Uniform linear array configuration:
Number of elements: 12
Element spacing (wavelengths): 0.75
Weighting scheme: hann
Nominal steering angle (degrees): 45
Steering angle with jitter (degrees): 43.538
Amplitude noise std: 0.05
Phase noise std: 0.05

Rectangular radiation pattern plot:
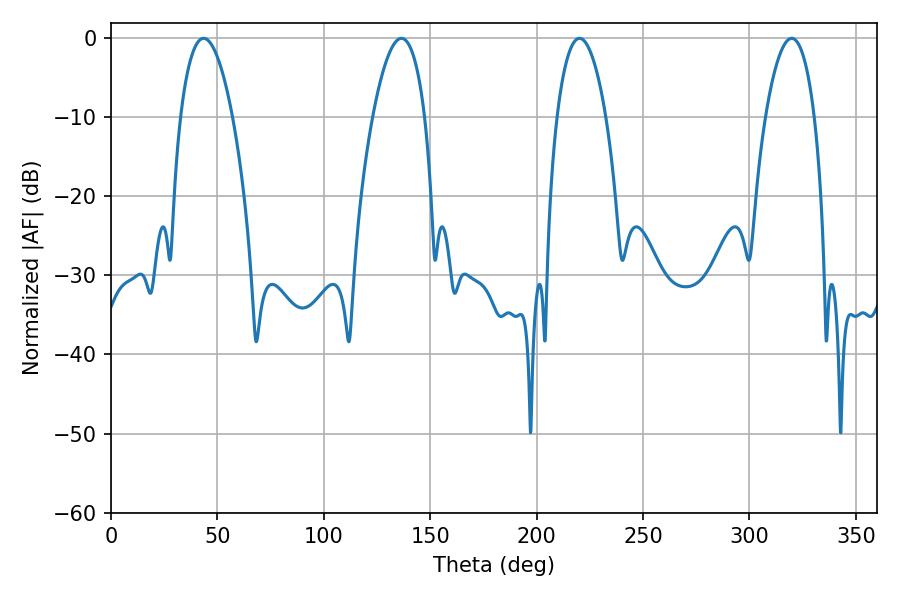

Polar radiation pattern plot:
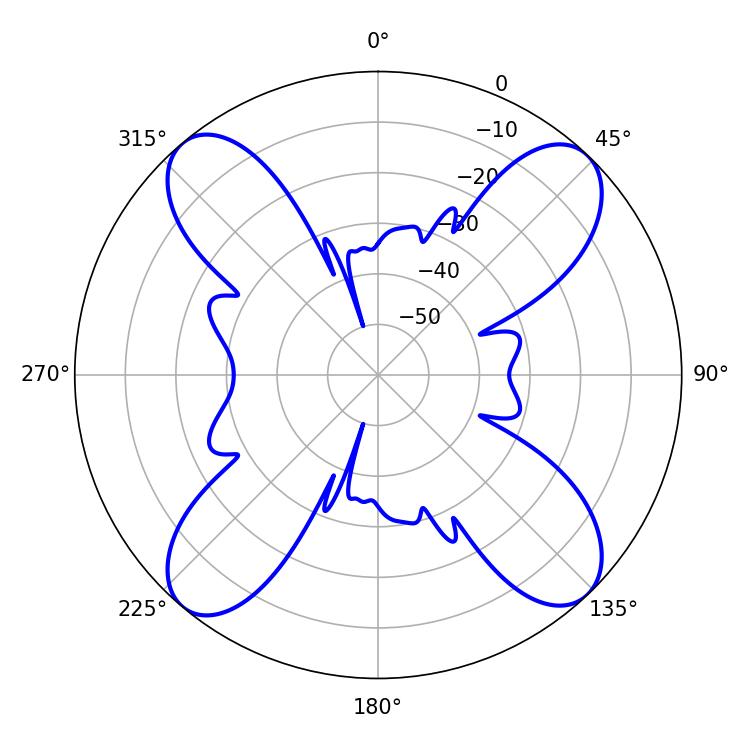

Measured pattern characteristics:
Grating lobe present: TRUE
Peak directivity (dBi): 16.865
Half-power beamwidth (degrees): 12.78
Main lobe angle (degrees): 220.14